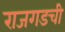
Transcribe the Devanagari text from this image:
राजगडची